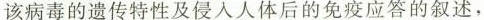
该病毒的遗传特性及侵入人体后的免疫应答的叙述，